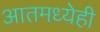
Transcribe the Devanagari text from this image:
आतमध्येही